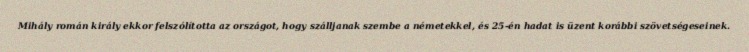
Mihály román király ekkor felszólította az országot, hogy szálljanak szembe a németekkel, és 25-én hadat is üzent korábbi szövetségeseinek.